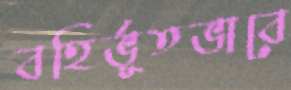
বহির্ভূতভাবে